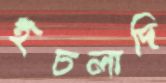
ইচলাদি